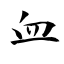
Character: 血